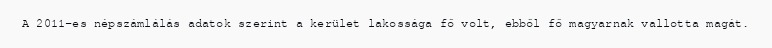
A 2011-es népszámlálás adatok szerint a kerület lakossága fő volt, ebből fő magyarnak vallotta magát.